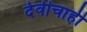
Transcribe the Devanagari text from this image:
देवीचाही